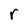
Character: r